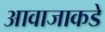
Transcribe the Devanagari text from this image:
आवाजाकडे